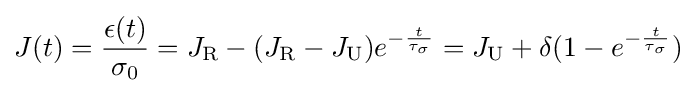
J(t)={\frac {\epsilon (t)}{\sigma _{0}}}=J_{\text{R}}-(J_{\text{R}}-J_{\text{U}})e^{-{\frac {t}{\tau _{\sigma }}}}=J_{\text{U}}+\delta (1-e^{-{\frac {t}{\tau _{\sigma }}}})